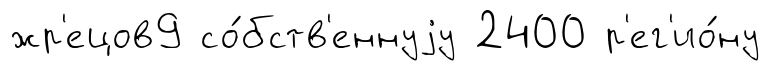
жр'ецов9 со́бств'еннуjу 2400 р'ег'ио́ну